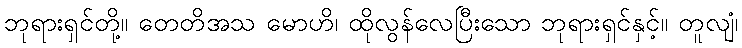
ဘုရားရှင်တို့။ တေတိအသ မောဟိ၊ ထိုလွန်လေပြီးသော ဘုရားရှင်နှင့်။ တူလျံ၊